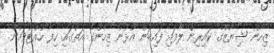
ޒިހާން ޝިޔާޒްގެ ކައިރިން ލާފައި ފައިބަން އުޅުނު ޒިހާންގެ އަތުގައި ހިފާ ހުއްޓުވަމުން